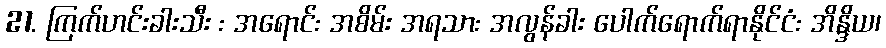
21. ကြက်ဟင်းခါးသီး : အရောင်: အစိမ်း အရသာ: အလွန်ခါး ပေါက်ရောက်ရာနိုင်ငံ: အိန္ဒိယ၊